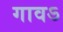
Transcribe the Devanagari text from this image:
गावऽ